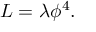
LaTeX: { \cal L } = \lambda \phi ^ { 4 } .